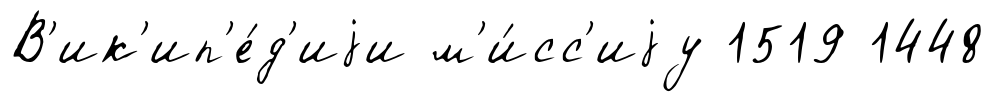
В'ик'ип'е́д'иjи м'и́сс'иjу 1519 1448